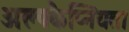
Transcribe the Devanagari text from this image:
अल्पकैप्नियता